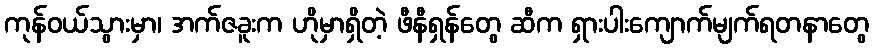
ကုန်ဝယ်သွားမှာ၊ အက်ဇခူးက ဟိုမှာရှိတဲ့ ဖီနီရှန်တွေ ဆီက ရှားပါးကျောက်မျက်ရတနာတွေ